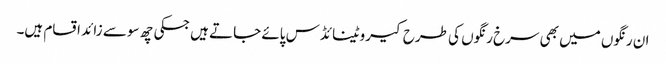
ان رنگوں میں بھی سرخ رنگوں کی طرح کیروٹینائڈس پائے جاتے ہیں جسکی چھ سو سے زائد اقسام ہیں۔